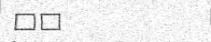
٢١